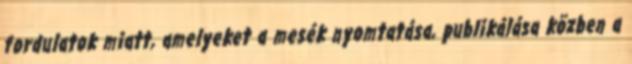
fordulatok miatt, amelyeket a mesék nyomtatása, publikálása közben a